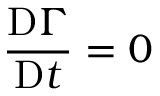
{ \frac { \mathrm { D } \Gamma } { \mathrm { D } t } } = 0